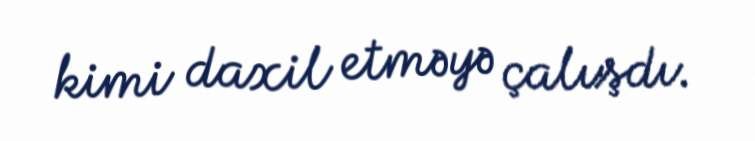
kimi daxil etməyə çalışdı.